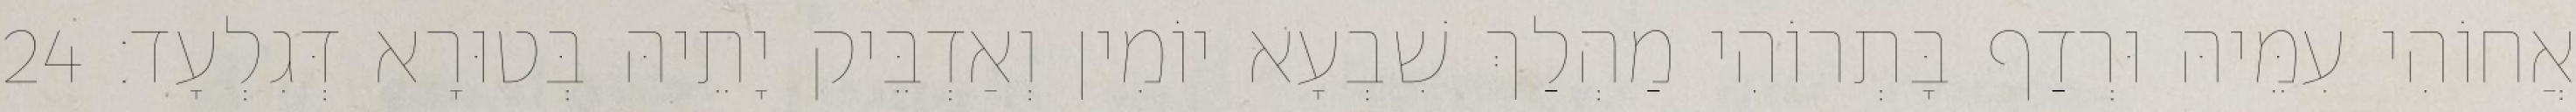
אֲחוֹהִי עִמֵּיהּ וּרְדַף בָּתְרוֹהִי מַהְלַךְ שִׁבְעָא יוֹמִין וְאַדְבֵּיק יָתֵיהּ בְּטוּרָא דְּגִלְעָד׃ 24